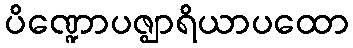
ပိဏ္ဍောပဇ္ဈာရိယာပထော